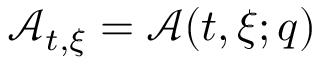
\mathcal { A } _ { t , \xi } = \mathcal { A } ( t , \xi ; q )